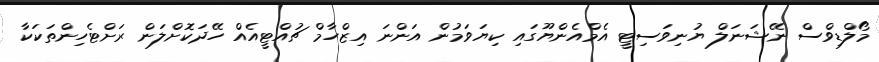
މޯލްޑިވްސް ނޭޝަނަލް ޔުނިވަސިޓީ އެމްއެންޔޫގައި ކިޔަވަމުން އަންނަ އިޒްހާމް ޗުއްޓީއެއް ހޭދަކޮށްލަން ރަށްޓެހިންތަކަކާ